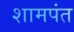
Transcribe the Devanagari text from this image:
शामपंत